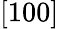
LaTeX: \left[100\right]